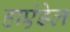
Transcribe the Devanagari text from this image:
हाएंडेल